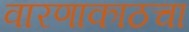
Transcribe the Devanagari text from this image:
वारणाकाठचा